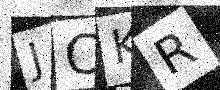
Text: JCKR